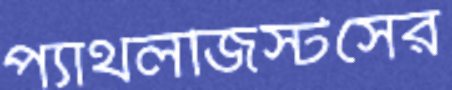
প্যাথলজিস্টসের